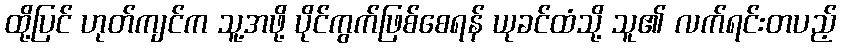
ထို့ပြင် ဟုတ်ကျင်က သူ့အဖို့ ပိုင်ကွက်ဖြစ်စေရန် ယုခင်ထံသို့ သူ၏ လက်ရင်းတပည့်